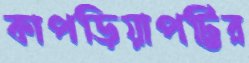
কাপড়িয়াপট্টির